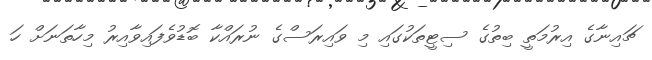
ޗައިނާގެ އިރުމަތީ ބިތުގެ ސިޓީތަކުގައި މި ވައިރަސްގެ ނުރައްކާ ބޮޑުވެފައިވާއިރު މިހާތަނަށް ހަ